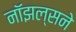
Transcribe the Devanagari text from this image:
नॉझल्सने